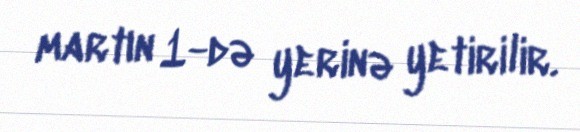
martın 1-də yerinə yetirilir.